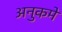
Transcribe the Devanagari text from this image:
अनुकमे